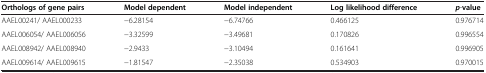
<table><thead><tr><td><b>Orthologs of gene pairs</b></td><td><b>Model dependent</b></td><td><b>Model independent</b></td><td><b>Log likelihood difference</b></td><td><b><i>p</i>-value</b></td></tr></thead><tbody><tr><td>AAEL00241/ AAEL000233</td><td>−6.28154</td><td>−6.74766</td><td>0.466125</td><td>0.976714</td></tr><tr><td>AAEL006054/ AAEL006056</td><td>−3.32599</td><td>−3.49681</td><td>0.170826</td><td>0.996554</td></tr><tr><td>AAEL008942/ AAEL008940</td><td>−2.9433</td><td>−3.10494</td><td>0.161641</td><td>0.996905</td></tr><tr><td>AAEL009614/ AAEL009615</td><td>−1.81547</td><td>−2.35038</td><td>0.534903</td><td>0.970015</td></tr></tbody></table>